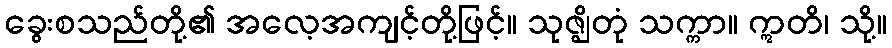
ခွေးစသည်တို့၏ အလေ့အကျင့်တို့ဖြင့်။ သုဇ္ဈိတုံ သက္ကာ။ ဣတိ၊ သို့။